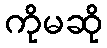
ကိုမဆို